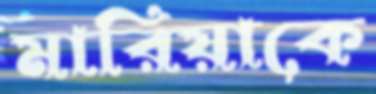
মারিয়াকে